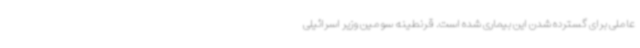
عاملی برای گسترده شدن این بیماری شده است. قرنطینه سومین وزیر اسرائیلی